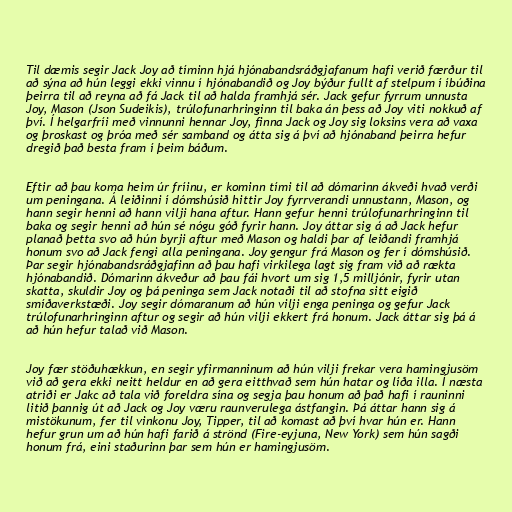
Til dæmis segir Jack Joy að tíminn hjá hjónabandsráðgjafanum hafi verið færður til
að sýna að hún leggi ekki vinnu í hjónabandið og Joy býður fullt af stelpum í íbúðina
þeirra til að reyna að fá Jack til að halda framhjá sér. Jack gefur fyrrum unnusta
Joy, Mason (Json Sudeikis), trúlofunarhringinn til baka án þess að Joy viti nokkuð af
því. Í helgarfríi með vinnunni hennar Joy, finna Jack og Joy sig loksins vera að vaxa
og þroskast og þróa með sér samband og átta sig á því að hjónaband þeirra hefur
dregið það besta fram í þeim báðum.

Eftir að þau koma heim úr fríinu, er kominn tími til að dómarinn ákveði hvað verði
um peningana. Á leiðinni í dómshúsið hittir Joy fyrrverandi unnustann, Mason, og
hann segir henni að hann vilji hana aftur. Hann gefur henni trúlofunarhringinn til
baka og segir henni að hún sé nógu góð fyrir hann. Joy áttar sig á að Jack hefur
planað þetta svo að hún byrji aftur með Mason og haldi þar af leiðandi framhjá
honum svo að Jack fengi alla peningana. Joy gengur frá Mason og fer í dómshúsið.
Þar segir hjónabandsráðgjafinn að þau hafi virkilega lagt sig fram við að rækta
hjónabandið. Dómarinn ákveður að þau fái hvort um sig 1,5 milljónir, fyrir utan
skatta, skuldir Joy og þá peninga sem Jack notaði til að stofna sitt eigið
smíðaverkstæði. Joy segir dómaranum að hún vilji enga peninga og gefur Jack
trúlofunarhringinn aftur og segir að hún vilji ekkert frá honum. Jack áttar sig þá á
að hún hefur talað við Mason.

Joy fær stöðuhækkun, en segir yfirmanninum að hún vilji frekar vera hamingjusöm
við að gera ekki neitt heldur en að gera eitthvað sem hún hatar og líða illa. Í næsta
atriði er Jakc að tala við foreldra sína og segja þau honum að það hafi í rauninni
litið þannig út að Jack og Joy væru raunverulega ástfangin. Þá áttar hann sig á
mistökunum, fer til vinkonu Joy, Tipper, til að komast að því hvar hún er. Hann
hefur grun um að hún hafi farið á strönd (Fire-eyjuna, New York) sem hún sagði
honum frá, eini staðurinn þar sem hún er hamingjusöm.